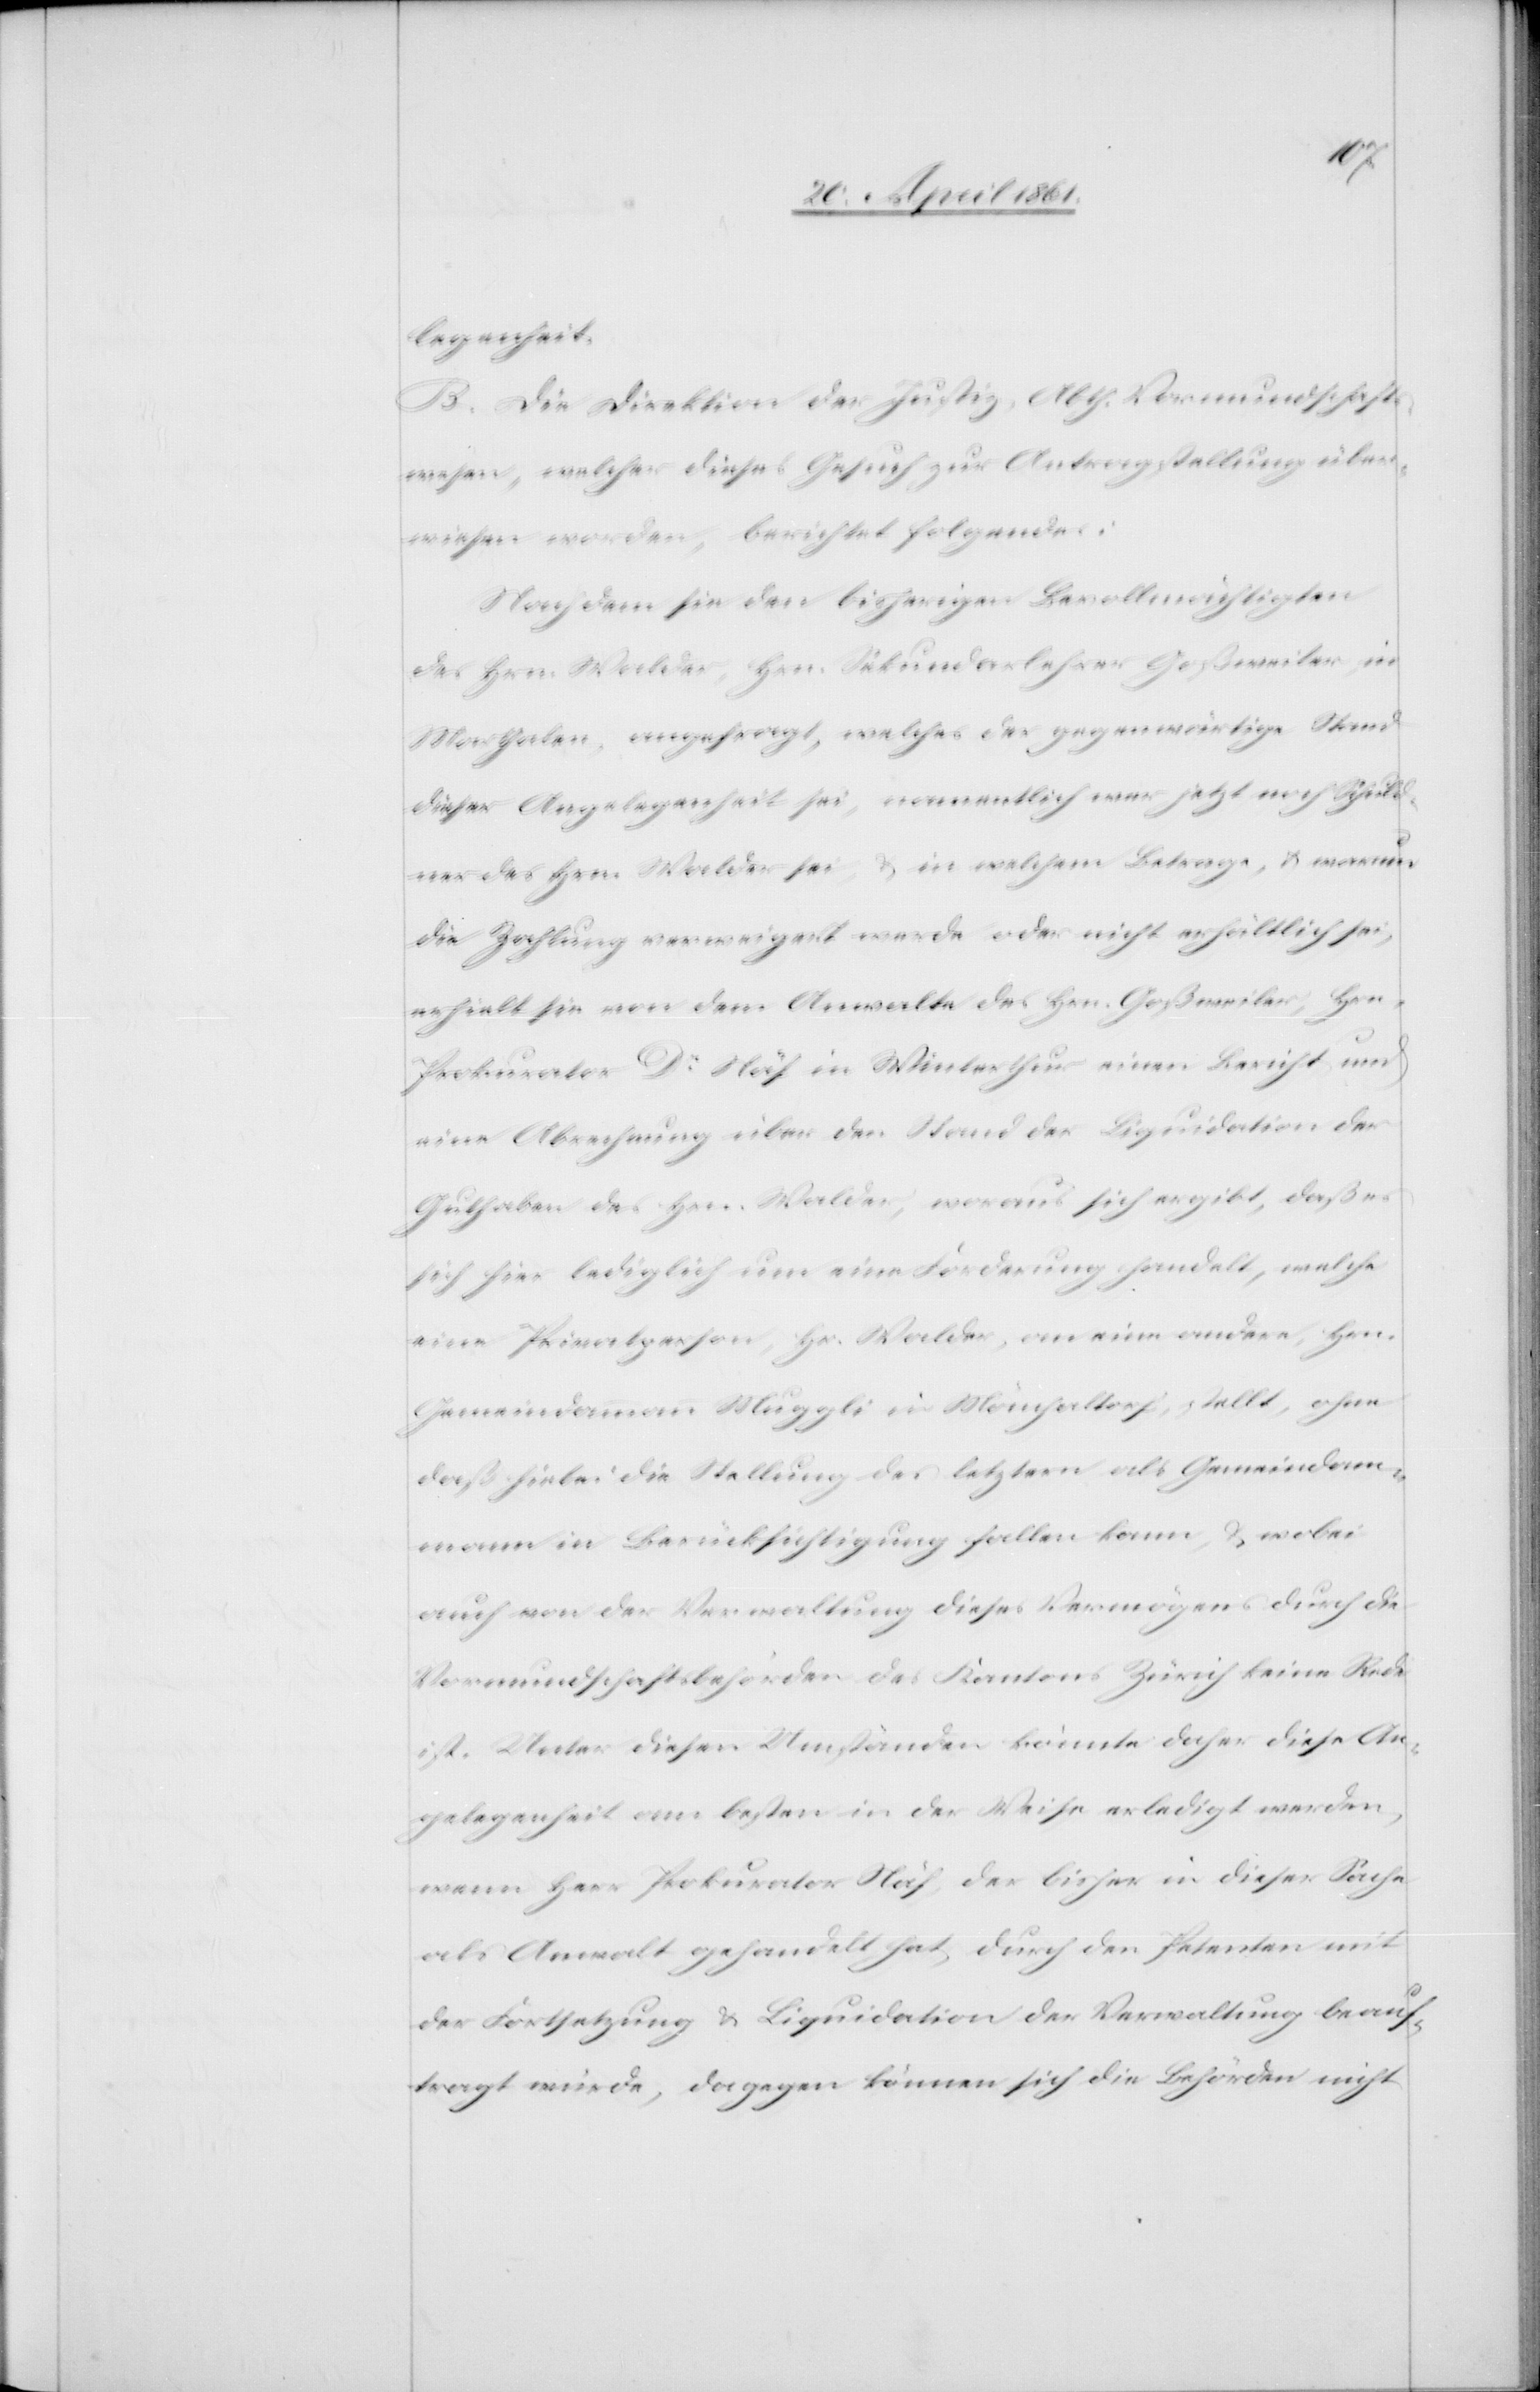
legenheit.
B. Die Direktion der Justiz, Abth. Vormundschafts¬
wesen, welcher dieses Gesuch zur Antragstellung über¬
wiesen worden, berichtet folgendes:
Nachdem sie den bisherigen Bevollmächtigten
des Hrn. Walder, Hrn. Sekundarschullehrer Goßweiler in
Marthalen, angefragt, welches der gegenwärtige Stand
dieser Angelegenheit sei, namentlich wer jetzt noch Schuld¬
ner des Hrn. Walder sei, u. in welchem Betrage, u. warum
die Zahlung verweigert werde oder nicht erhältlich sei,
erhielt sie von dem Anwalte des Hrn. Goßweiler, Hrn.
Prokurator Dr. Näf in Winterthur einen Bericht und
eine Abrechnung über den Stand der Liquidation der
Guthaben des Hrn. Walder, woraus sich ergibt, daß es
sich hier lediglich um eine Forderung handelt, welche
eine Privatperson, Hr. Walder, an eine andere, Hrn.
Gemeindammann Muggli in Mönchaltorf, stellt, ohne
daß hiebei die Stellung des letztern als Gemeindamm¬
ann in Berücksichtigung fallen kann, u. wobei
auch von der Verwaltung dieses Vermögens durch die
Vormundschaftsbehörden des Kantons Zürich keine Rede
ist. Unter diesen Umständen könnte daher diese An¬
gelegenheit am besten in der Weise erledigt werden,
wenn Herr Prokurator Näf, der bisher in dieser Sache
als Anwalt gehandelt hat, durch den Petenten mit
der Fortsetzung u. Liquidation der Verwaltung beauf¬
tragt würde, dagegen können sich die Behörden nicht